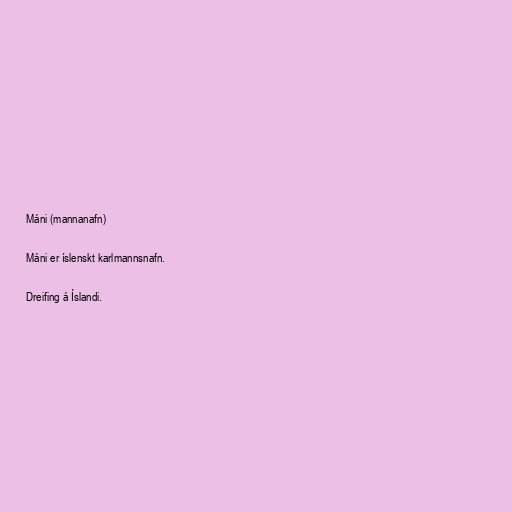
Máni (mannanafn)

Máni er íslenskt karlmannsnafn.

Dreifing á Íslandi.